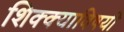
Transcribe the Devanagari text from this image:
शिक्क्याविषयी